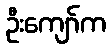
ဦးကျော်က